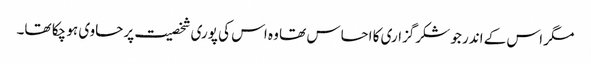
مگر اس کے اندر جو شکرگزاری کا احساس تھا وہ اس کی پوری شخصیت پر حاوی ہو چکا تھا۔